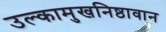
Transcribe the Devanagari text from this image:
उल्कामुखनिष्ठावान